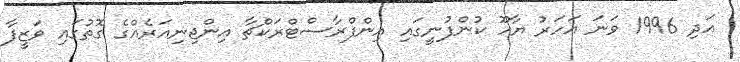
އަދި 1996 ވަނަ އަހަރު ޔާހޫ ކުންފުނީގައި އިންފްރާސްޓްރަކްޗާ އިންޖިނިއަރެއްގެ ގޮތުގައި ވަޒީފާ